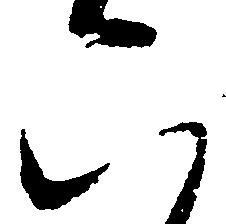
六